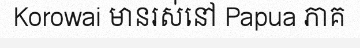
Korowai មានរស់នៅ Papua ភាគ